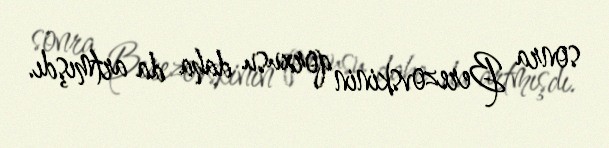
sonra Berezovskinin qorxusu daha da artmışdı.